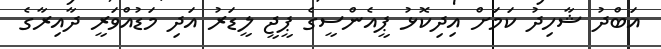
އަބްދު ޝާހިދު ކަމަށް އިދިކޮޅު ޕީއެންސީގެ ޕީޖީ ލީޑަރު އަދި މަޑުއްވަރީ ދާއިރާގެ